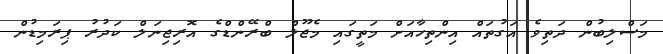
މަސްލިބުން ދަތިވެ އަގުތައް އިންތިހާއަށް މަތީގައި މެޖޫލް ބްރޭންޑްގެ އޮރިޖިނަލް ކަދުރު ޕިރަމިޑުން